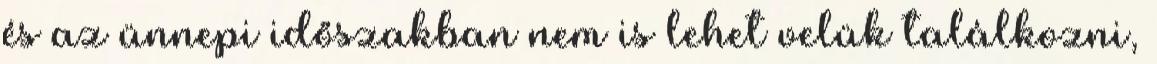
és az ünnepi időszakban nem is lehet velük találkozni,